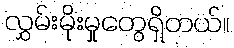
လွှမ်းမိုးမှုတွေရှိတယ်။